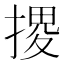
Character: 𢱩